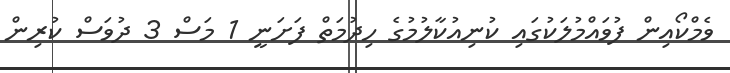
ވެމްކޯއިން ފުވައްމުލަކުގައި ކުނިއުކާލުމުގެ ހިދުމަތް ފަށަނީ 1 މަސް 3 ދުވަސް ކުރިން